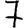
Digit: 7